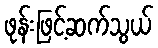
ဖုန်းဖြင့်ဆက်သွယ်